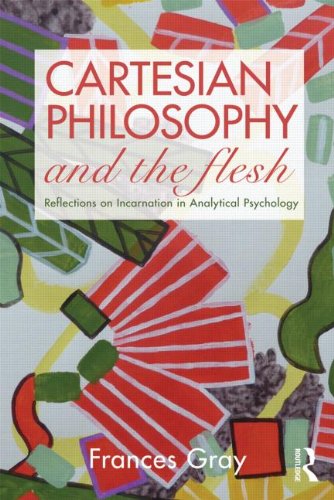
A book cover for Cartesian Philosophy and the Flesh: Reflections on incarnation in analytical psychology; Frances Gray; Politics & Social Sciences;